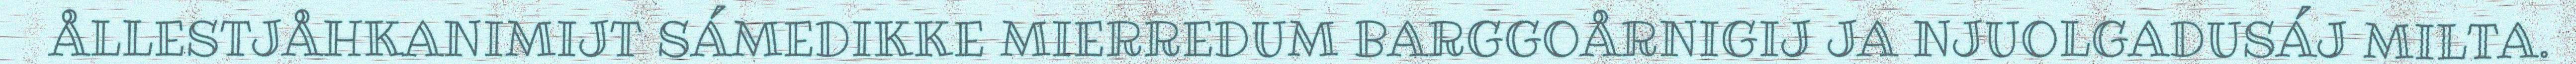
ÅLLESTJÅHKANIMIJT SÁMEDIKKE MIERREDUM BARGGOÅRNIGIJ JA NJUOLGADUSÁJ MILTA.